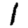
Digit: 1